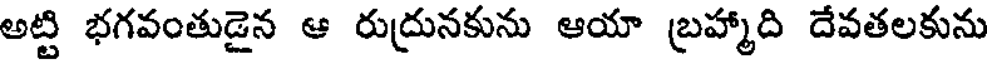
అట్టి భగవంతుడైన ఆ రుద్రునకును ఆయా బ్రహ్మాది దేవతలకును